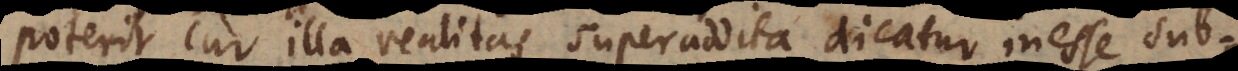
poterit cur illa realitas superaddita dicatur inesse sub